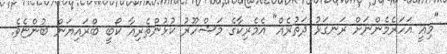
"މިއީ އަހަރެމެންނަށް ރަނގަޅު ދަތުރެއް" އެމެރިކާގެ މަޝްހޫރު ކުޅުންތެރިއާ ކޯބީ ބްރައިޔަން ބުންޏެވެ.